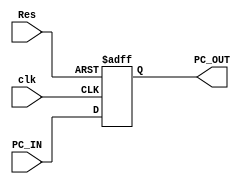
module PC #(parameter Width=32)(
input wire [Width-1:0] PC_IN,
input wire       Res,clk,
output reg [Width-1:0] PC_OUT

);

always @(posedge clk or negedge Res )
    begin
     if (!Res)
       begin
         PC_OUT <= {Width{1'b0}} ;
       end
     else 
      PC_OUT<=PC_IN;
    end

endmodule